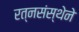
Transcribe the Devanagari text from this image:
रत्नसंस्थेने